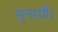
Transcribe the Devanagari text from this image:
सुनायौ।